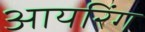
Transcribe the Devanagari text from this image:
आयरिंग